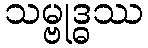
သမ္ဗုဒ္ဓဿ